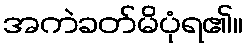
အကဲခတ်မိပုံရ၏။